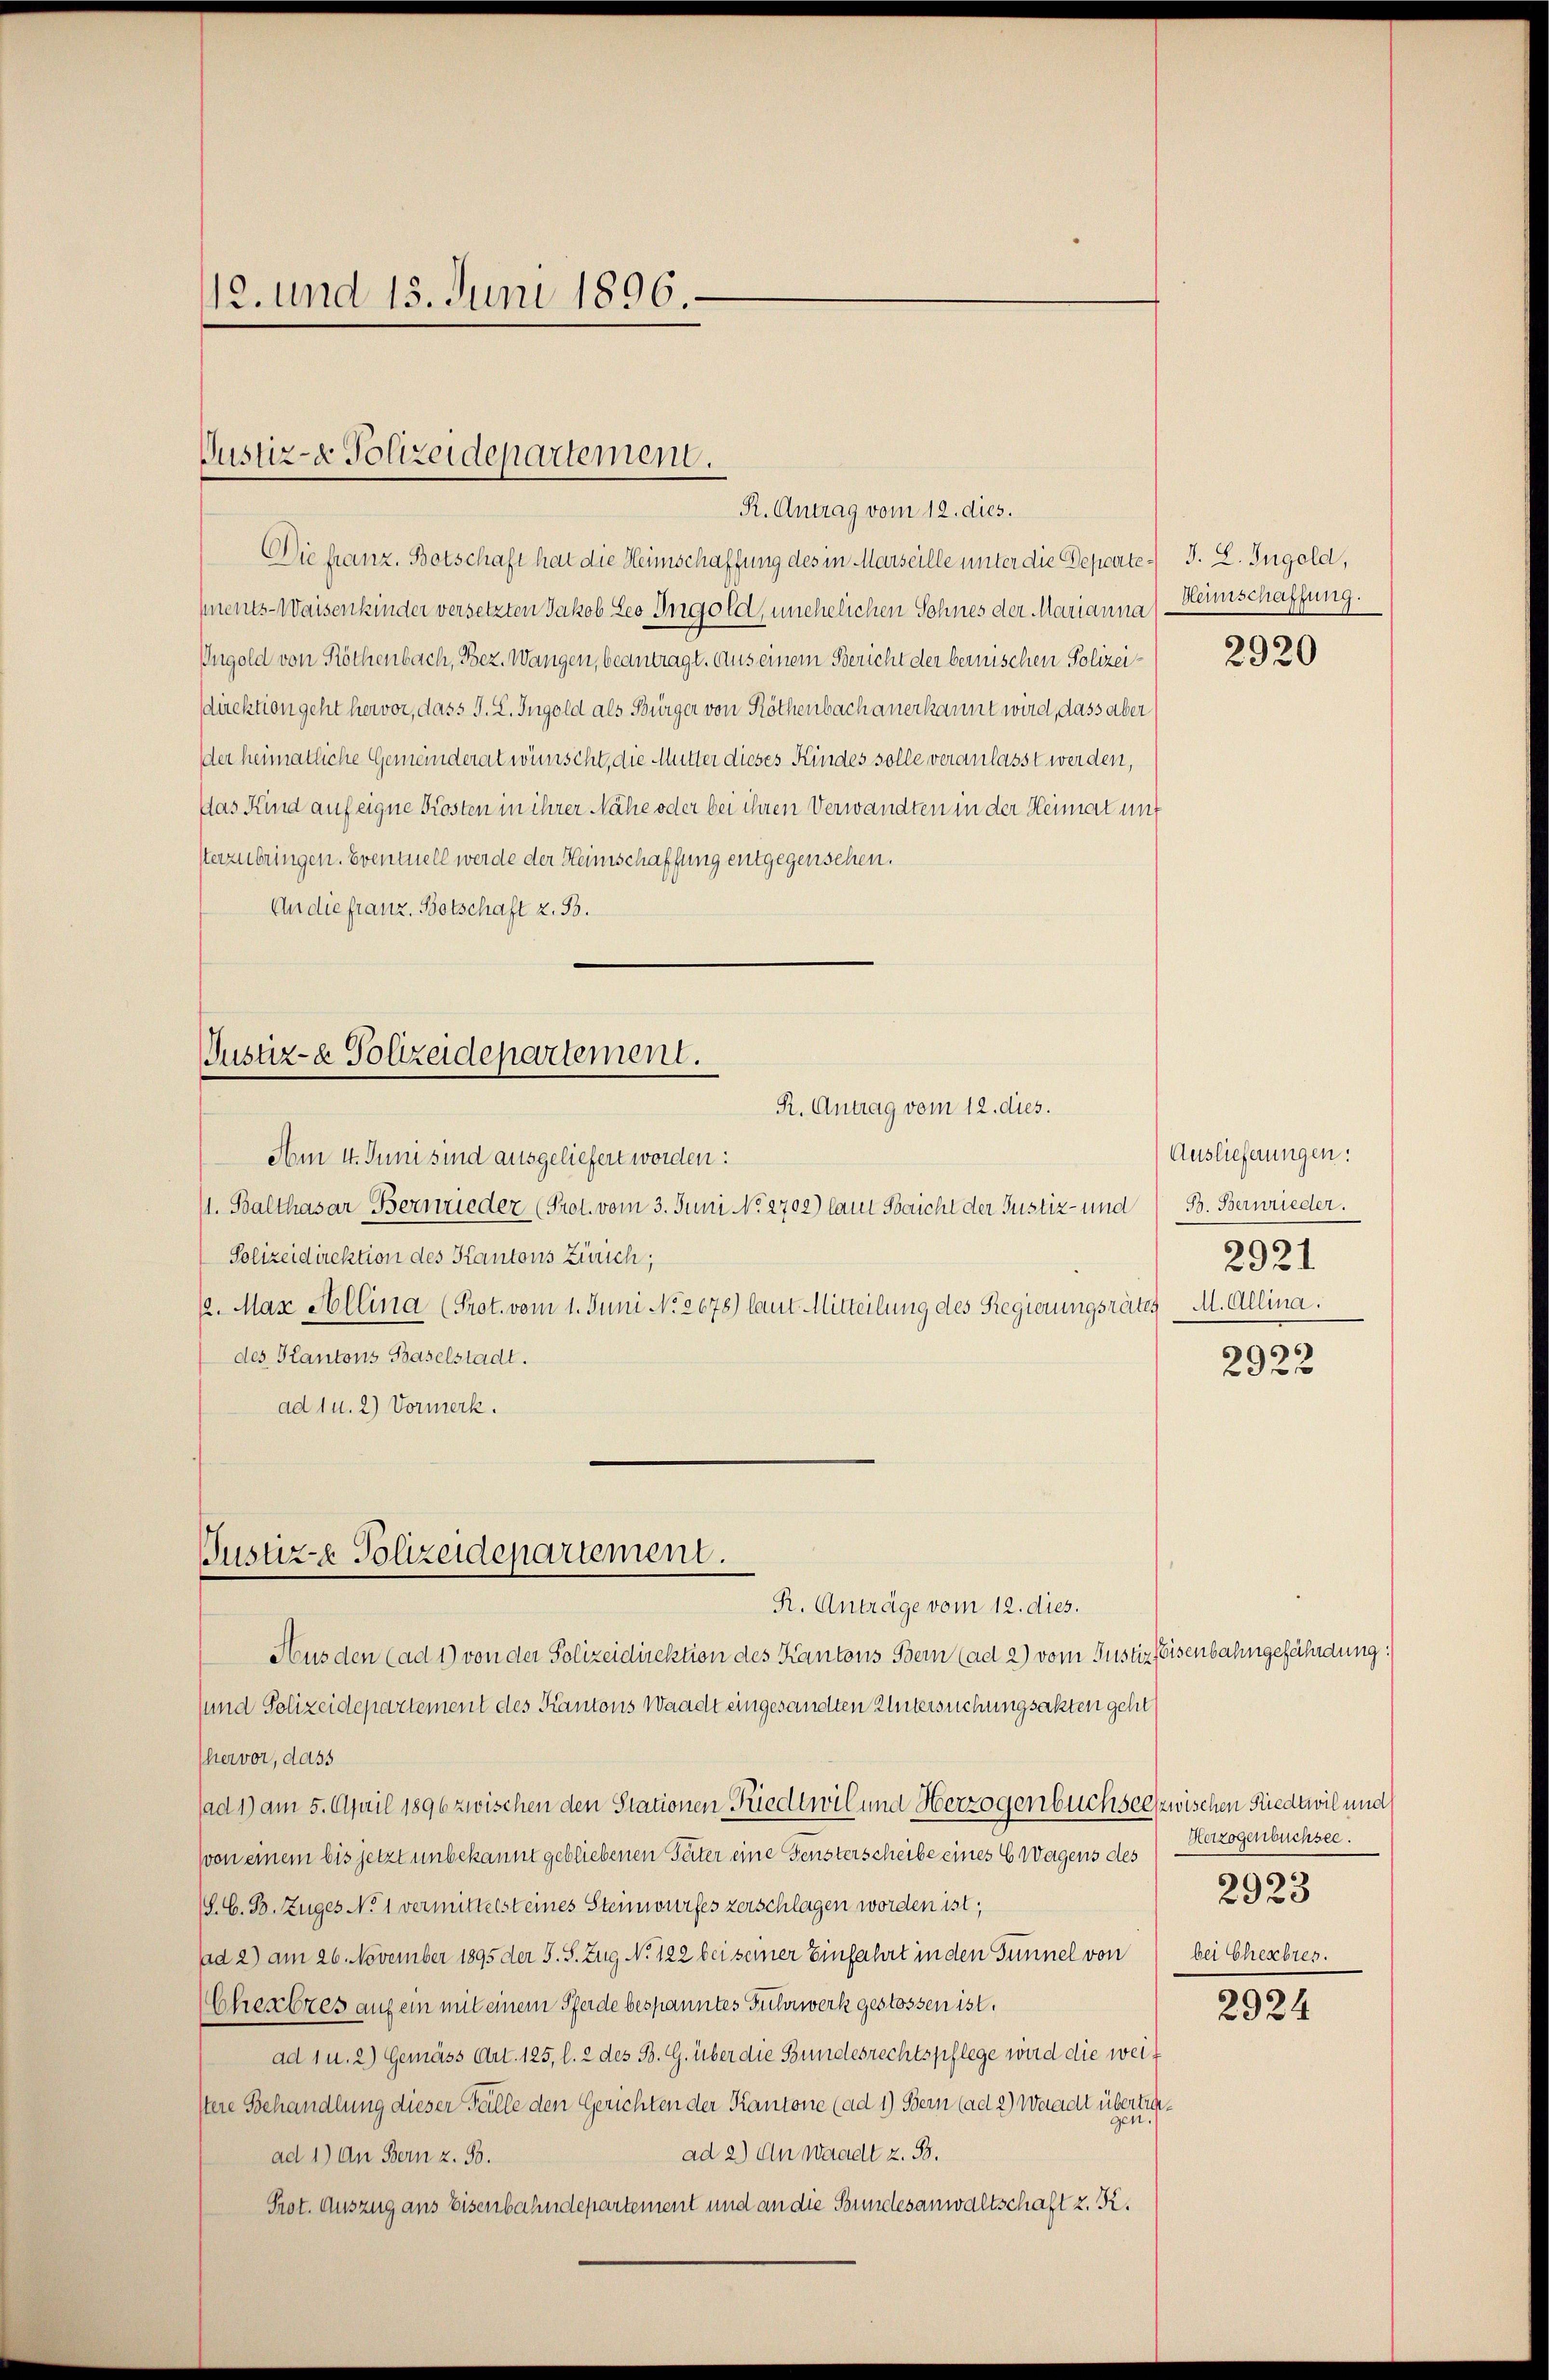
112. und 15. Juni 1896.

Justiz- & Polizeidepartement.
R. Antrag vom 12. dies.

Die franz. Botschaft hat die Heimschaffung des in Marseille unter die Departe) J. L. Ingold,
(ents-Waisenkinder versetzten Jakob Leo Ingold, unehelichen Sohnes der Marianna
Ingold von Röthenbach, Bez. Wangen, beantragt. Aus einem Bericht der bernischen Polizeisdirektion geht hervor, dass J. L. Ingold als Bürger von Röthenbach anerkannt wird, dass aber
der heimatliche Gemeinderat wünscht, die Mutter dieses Kindes solle veranlasst werden,
Das Kind auf eigne Kosten in ihrer Nähe oder bei ihren Verwandten in der Heimat unt
Verzubringen. Eventuell werde der Heimschaffung entgegensehen.
An die franz, Botschaft z. B.

Justiz- & Polizeidepartement.
R. Antrag vom 12. dies.

Justiz- Polizeidepartement.
R. Anträge vom 12. dies.

Am 4. Juni sind ausgeliefert worden:
11. Balthasar Bernieder (Prot. vom 3. Juni No 2702) laut Baicht der Justiz- und B. Bernrieder.
Polizeidirektion des Kantons Zürich,
2. Max Allina (Prot. vom 1. Juni No 2678) laut Mitteilung des Regierungsrates M. Allina.
des Kantons Baselstadt.
ad 1 u. 2) Vormerk.

Hus den (ad 1) von der Polizeidirektion des Kantons Bern (ad 2) vom Justiz Eisenbahngefährdung
sund Polizeidepartement des Kantons Waadt eingesandten Untersuchungsakten gehet
hervor, dass
sad 1) am 5. April 1896 zwischen den Stationen Riedtwil und Herzogenbuchselwischen Friedtwil und
von einem bis jetzt unbekannt gebliebenen Seiter eine Fensterscheibe eines 6 Wagens des
S. G. B. Zuges No 1 vermittelst eines Steinwurfes zerschlagen worden ist;
ad 2) am 26. November 1895 der S. S. Zug No 122 bei seiner Einfahrt in den Tunnel von
Cherbres auf ein mit einem Pferde bespanntes Fuhrwerk gestossen ist.
ad 1 u. 2) Gemäss Art. 125, l. 2 des B. G. über die Bundesrechtspflege wird die weistere Behandlung dieser Fälle den Gerichten der Kantone (ad 1) Bern (ad 2) Waadt übertraad 2) An Waadt z. B.
ad 1) An Bern z. S.
Prot. Auszug aus Eisenbahndepartement und an die Bundesanwaltschaft z. K.

Haunschaffung.

2920

Auslieferungen:
2921

2922

Herzogenbüchsee.
5
2923
bei Cherbres.

2924